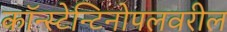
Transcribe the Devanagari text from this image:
कॉन्स्टेन्टिनोपलवरील